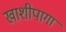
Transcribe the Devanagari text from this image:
खाशीपागा